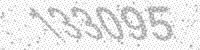
Solution: 133095